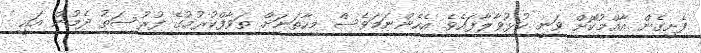
ފެށިގެން އާއްމުކޮށް ވަނީ ހުޅުވާލާފައެވެ. އެހެންނަމަވެސް މިހާތަނަށް ތަވާފްކުރުމުގެ ފުރުސަތު ދެމުން އައީ